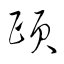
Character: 頥